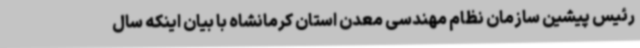
رئیس پیشین سازمان نظام مهندسی معدن استان کرمانشاه با بیان اینکه سال